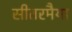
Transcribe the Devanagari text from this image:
सीतरमैया